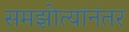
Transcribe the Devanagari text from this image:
समझोत्यांनंतर